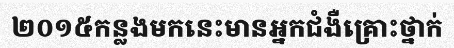
២០១៥កន្លងមកនេះមានអ្នកជំងឺគ្រោះថ្នាក់